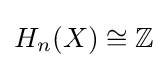
H_{n}(X)\cong \mathbb {Z}